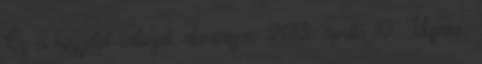
Ez a közzétett változat, ellenőrizve: 2013. április 10. Ugrás: